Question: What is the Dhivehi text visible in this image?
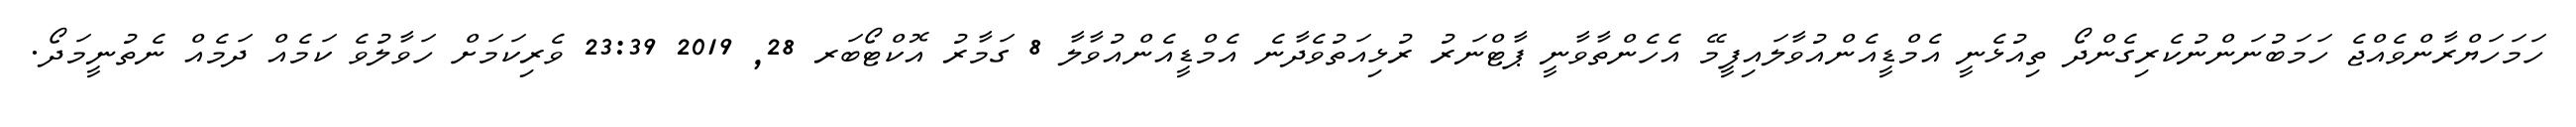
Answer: ހަމަހަޔްރާންވެއްޖެ ހަމަބުނަންނުކެރިގެންދޯ ތިއުޅެނީ އެމްޑީއެންއުވާލައިފީމޭ އެހެންތާވާނީ ޕާޓްނަރު ރުޅިއަތުވެދާނެ އެމްޑީއެންއުވާލާ 8 ގަމާރު އޮކްޓޯބަރ 28, 2019 23:39 ވެރިކަމަށް ހަވާލުވެ ކަމެއް ދަމެއް ނެތުނީމަދޯ.